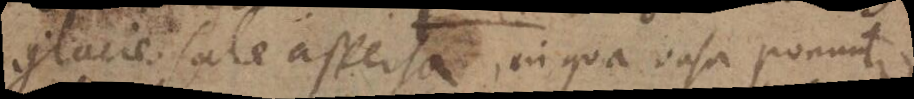
glacie sale aspersa, in qua vasa ponuntur.